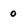
Character: 0